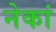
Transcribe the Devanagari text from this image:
नेकां